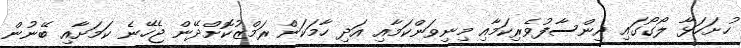
ހުށަހަޅާ ލޯގޯގައި އިންސާފުވެރިކަމާއި މިނިވަންކަމާއި އަދި ހާމަކަން ރަމްޒުކޮށްދޭން ޖެހޭނެ ކަމަށާއި ބޭނުން